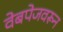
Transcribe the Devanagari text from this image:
वेबपेजवरून